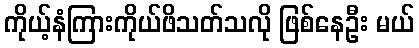
ကိုယ့်နံကြားကိုယ်ဖိသတ်သလို ဖြစ်နေဦး မယ်